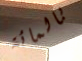
بالمائة